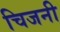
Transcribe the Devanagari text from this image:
चिजनी